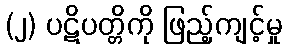
(၂) ပဋိပတ္တိကို ဖြည့်ကျင့်မှု